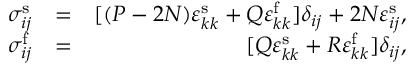
\begin{array} { r l r } { \sigma _ { i j } ^ { \mathrm { s } } } & { = } & { [ ( P - 2 N ) \varepsilon _ { k k } ^ { \mathrm { s } } + Q \varepsilon _ { k k } ^ { \mathrm { f } } ] \delta _ { i j } + 2 N \varepsilon _ { i j } ^ { \mathrm { s } } , } \\ { \sigma _ { i j } ^ { \mathrm { f } } } & { = } & { [ Q \varepsilon _ { k k } ^ { \mathrm { s } } + R \varepsilon _ { k k } ^ { \mathrm { f } } ] \delta _ { i j } , } \end{array}